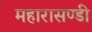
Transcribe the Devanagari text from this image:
महारासण्डी